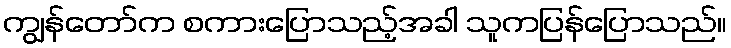
ကျွန်တော်က စကားပြောသည့်အခါ သူကပြန်ပြောသည်။